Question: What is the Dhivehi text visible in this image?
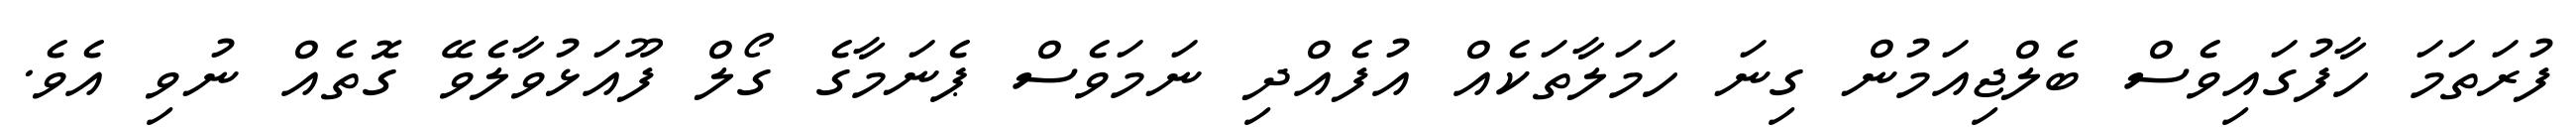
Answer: ފުރަތަމަ ހާފުގައިވެސް ބެލްޖިއަމުން ގިނަ ހަމަލާތަކެއް އުފެއްދި ނަމަވެސް ޕެނަމާގެ ގޯލް ފޫއަޅުވާލެވޭ ގޮތެއް ނުވި އެވެ.